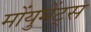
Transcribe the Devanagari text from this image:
मोंयुमेंट्स